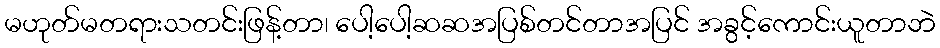
မဟုတ်မတရားသတင်းဖြန့်တာ၊ ပေါ့ပေါ့ဆဆအပြစ်တင်တာအပြင် အခွင့်ကောင်းယူတာဘဲ